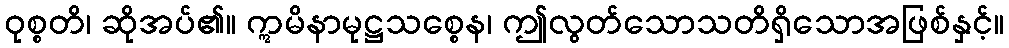
ဝုစ္စတိ၊ ဆိုအပ်၏။ ဣမိနာမုဋ္ဌသစ္စေန၊ ဤလွတ်သောသတိရှိသောအဖြစ်နှင့်။